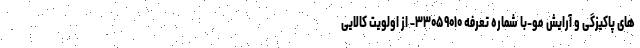
های پاکیزگی و آرایش مو-با شماره تعرفه ۳۳۰۵۹۰۱۰- از اولویت کالایی